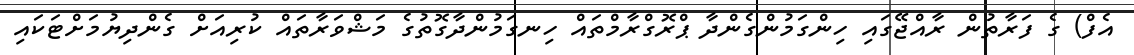
އެފް) ގެ ފަރާތުން ރާއްޖޭގައި ހިންގަމުންގެންދާ ޕްރޮގްރާމްތައް ހިނގަމުންދާގޮތުގެ މަޝްވަރާތައް ކުރިއަށް ގެންދިޔުމަށްޓަކައި